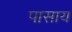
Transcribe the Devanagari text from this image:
पासाय